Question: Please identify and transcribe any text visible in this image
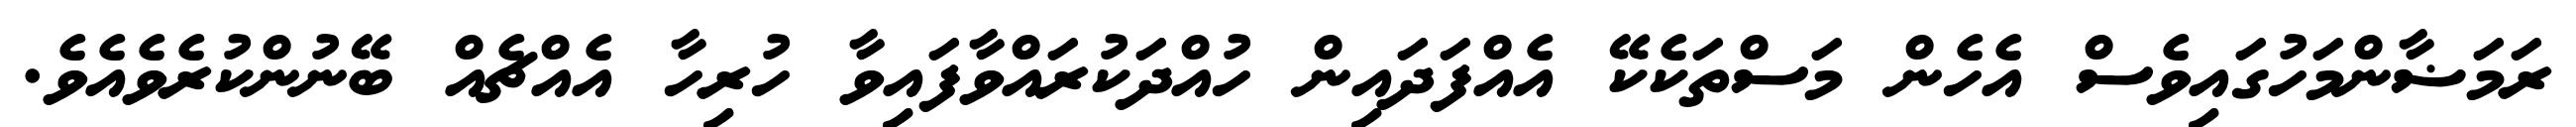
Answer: ރަމަޟާންމަހުގައިވެސް އެހެން މަސްތަކެކޭ އެއްފަދައިން ހުއްދަކުރައްވާފައިވާ ހުރިހާ އެއްޗެއް ބޭނުންކުރެވެއެވެ.